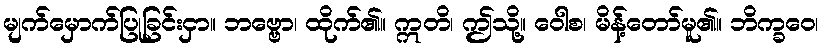
မျက်မှောက်ပြုခြင်းငှာ။ ဘဗ္ဗော၊ ထိုက်၏။ ဣတိ၊ ဤသို့။ ဝေါစ၊ မိန့်တော်မူ၏။ ဘိက္ခဝေ၊